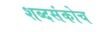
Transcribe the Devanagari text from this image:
शब्दसंकोच